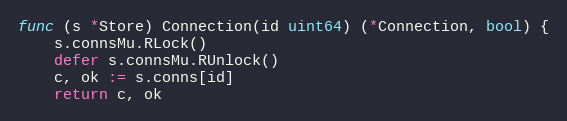
Language: Go
func (s *Store) Connection(id uint64) (*Connection, bool) {
	s.connsMu.RLock()
	defer s.connsMu.RUnlock()
	c, ok := s.conns[id]
	return c, ok